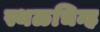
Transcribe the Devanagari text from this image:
स्थळचिन्ह